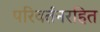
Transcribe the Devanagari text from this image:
परिवर्तनरहित